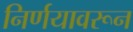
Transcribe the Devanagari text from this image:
निर्णयावरून